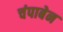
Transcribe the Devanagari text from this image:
चंपाबेन